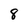
Character: 8